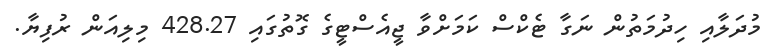
މުދަލާއި ހިދުމަތުން ނަގާ ޓެކްސް ކަމަށްވާ ޖީއެސްޓީގެ ގޮތުގައި 428.27 މިލިއަން ރުފިޔާ.